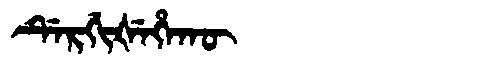
Manchu: ᡩᡝᡵᡤᡳᡧᡝᡥᠠᡴᡡ
Romanization: DERGIŠEHAKŪ